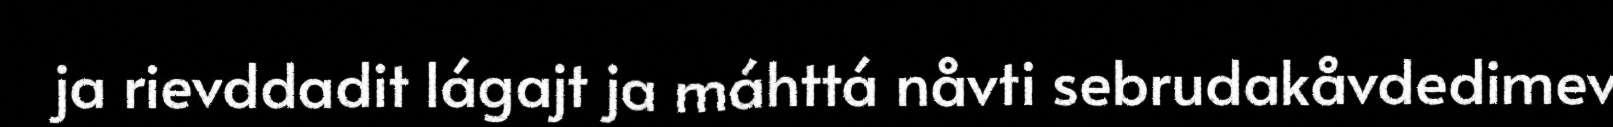
ja rievddadit lágajt ja máhttá nåvti sebrudakåvdedimev